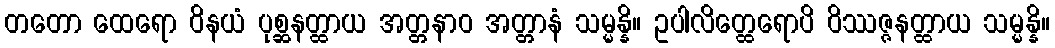
တတော ထေရော ဝိနယံ ပုစ္ဆနတ္ထာယ အတ္တနာဝ အတ္တာနံ သမ္မန္နိ။ ဥပါလိတ္ထေရောပိ ဝိဿဇ္ဇနတ္ထာယ သမ္မန္နိ။